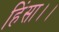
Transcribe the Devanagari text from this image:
हिंसा।।